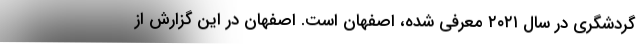
گردشگری در سال ۲۰۲۱ معرفی شده، اصفهان است. اصفهان در این گزارش از